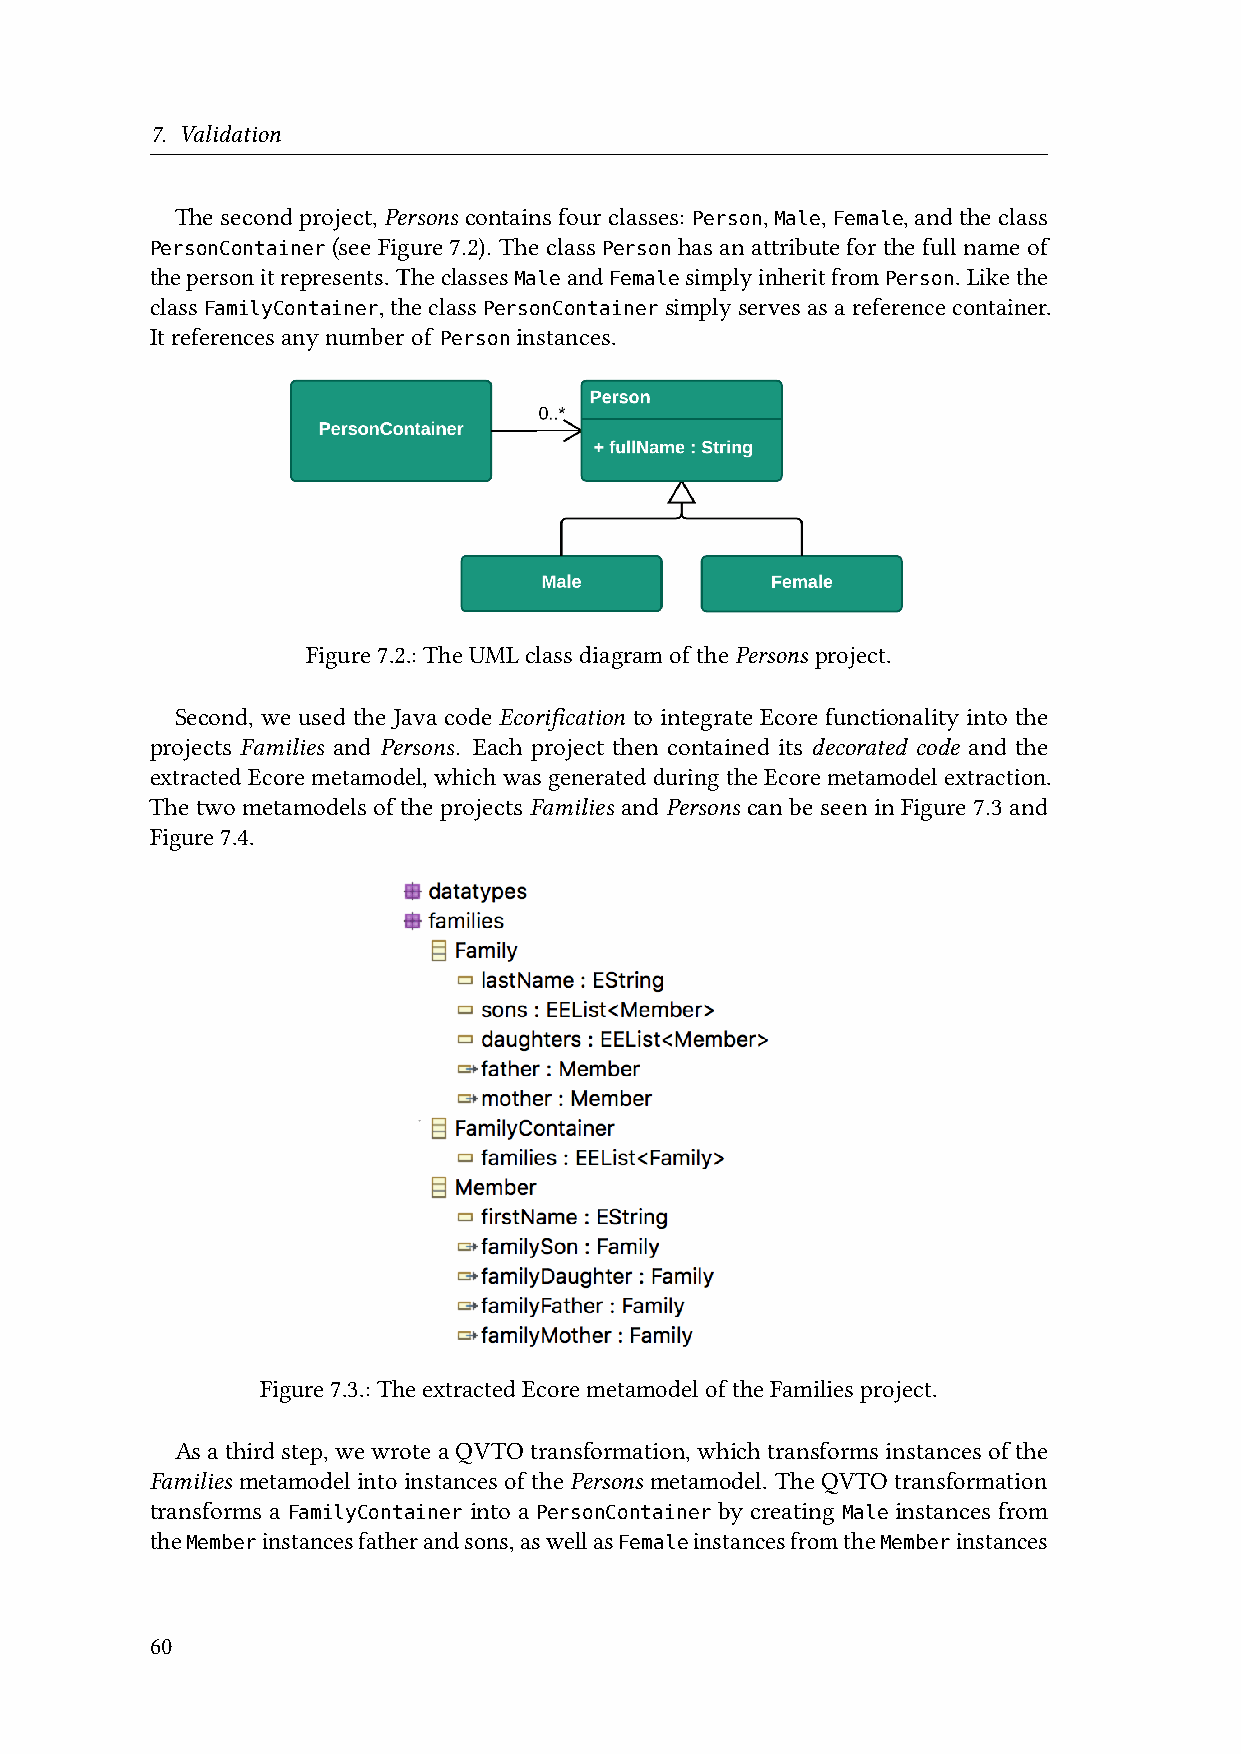
7. Validation
 Thesecondproject,Persons containsfourclasses: Person, Male, Female,andtheclass
 (see Figure 7.2). The class has an attribute for the full name of
 PersonContainer               Person
 thepersonitrepresents. Theclasses and simplyinheritfrom . Likethe
 Male  Female             Person
 class          , theclass         simply servesas areference container.
 FamilyContainer    PersonContainer
 Itreferencesanynumberof instances.
 Person
 Figure7.2.:TheUMLclassdiagramofthePersons project.
 Second, we used the Java code Ecorification to integrate Ecore functionality into the
 projects Families and Persons. Each project then contained its decorated code and the
 extracted Ecore metamodel, which was generated during the Ecore metamodel extraction.
 The two metamodels of the projects Families and Persons can be seen in Figure 7.3 and
 Figure7.4.
 Figure7.3.:TheextractedEcoremetamodeloftheFamiliesproject.
 Asathirdstep,wewroteaQVTOtransformation,whichtransformsinstancesofthe
 Families metamodelintoinstancesofthePersons metamodel. TheQVTOtransformation
 transforms a         into a           by creating instances from
 FamilyContainer PersonContainer      Male
 the    instancesfatherandsons,aswellas instancesfromthe instances
 Member                       Female           Member
 60